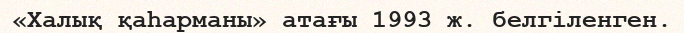
«Халық қаһарманы» aтағы 1993 ж. белгіленген.